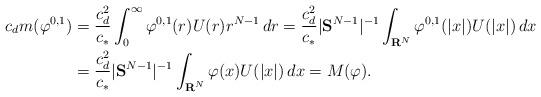
LaTeX: \begin{align*}c_dm(\varphi^{0,1}) & =\frac{c_d^2}{c_*}\int_0^\infty \varphi^{0,1}(r)U(r)r^{N-1}\,dr=\frac{c_d^2}{c_*}|{\bf S}^{N-1}|^{-1}\int_{{\bf R}^N} \varphi^{0,1}(|x|)U(|x|)\,dx\\ & =\frac{c_d^2}{c_*}|{\bf S}^{N-1}|^{-1}\int_{{\bf R}^N} \varphi(x)U(|x|)\,dx=M(\varphi). \end{align*}